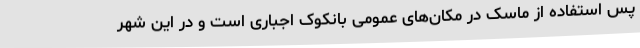
پس استفاده از ماسک در مکان‌های عمومی بانکوک اجباری است و در این شهر